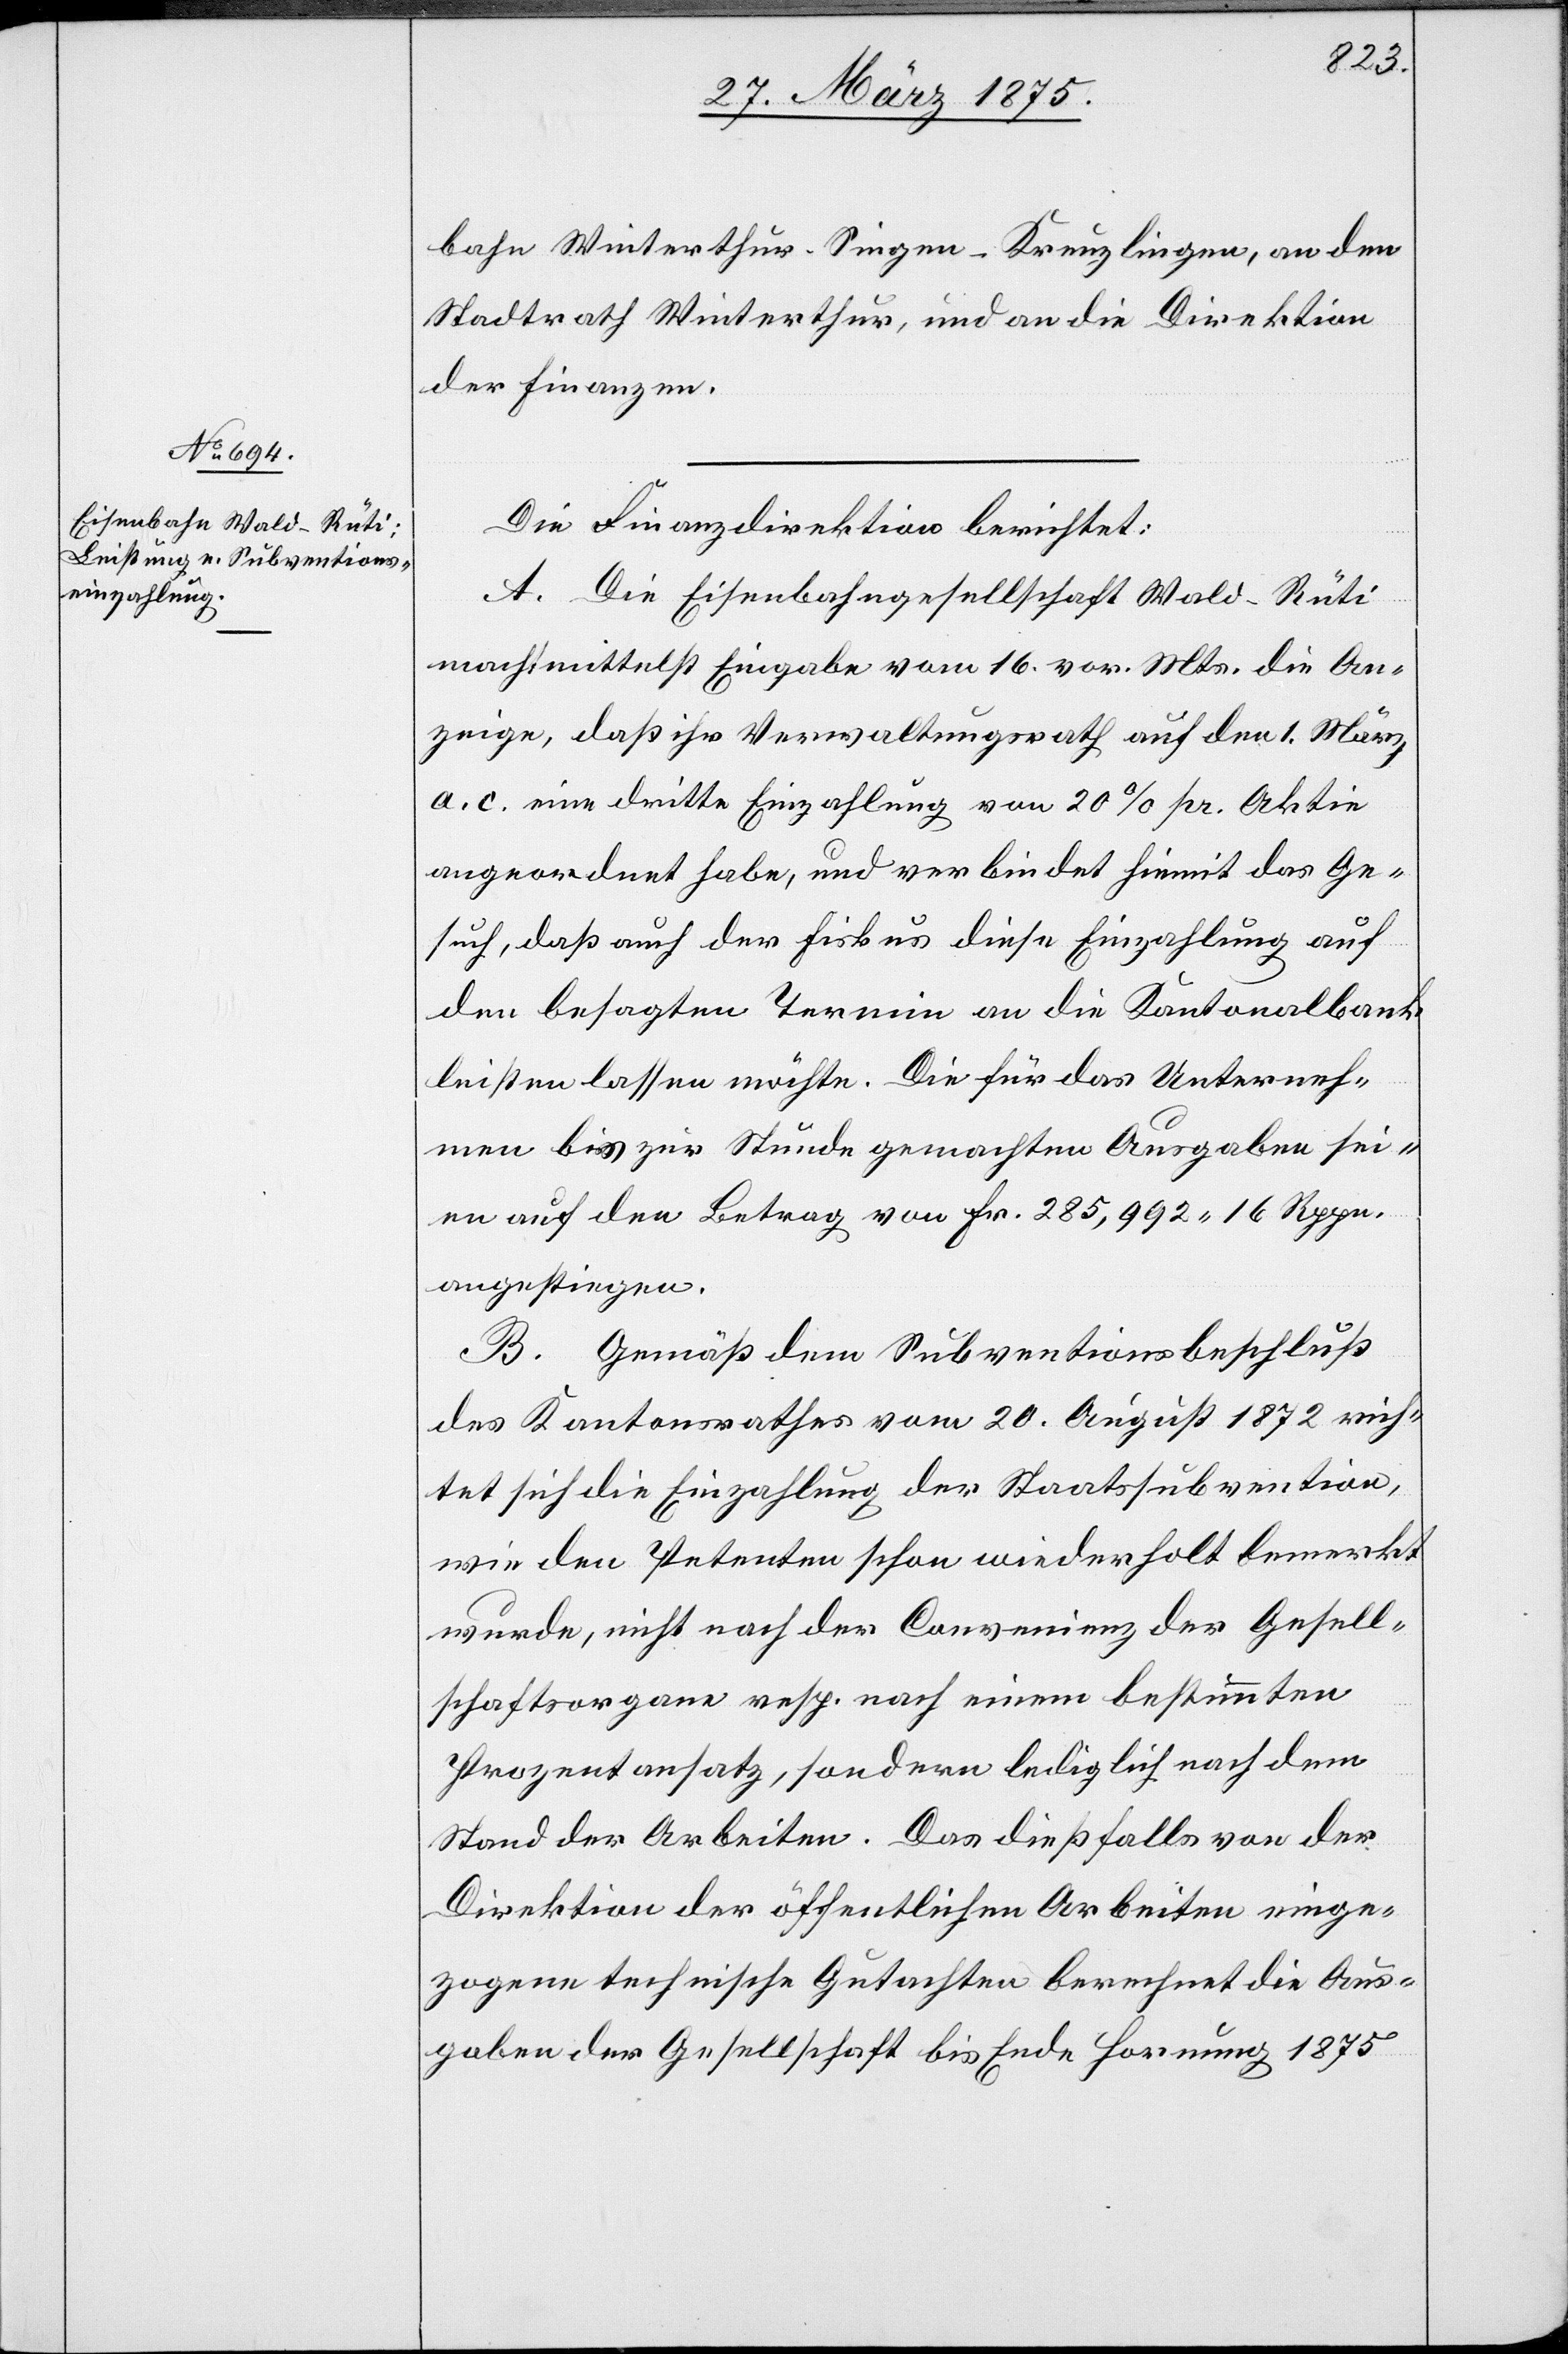
bahn Winterthur–Singen–Kreuzlingen, an den
Stadtrath Winterthur, und an die Direktion
der Finanzen.
Die Finanzdirektion berichtet:
A. Die Eisenbahngesellschaft Wald–Rüti
macht mittelst Eingabe vom 16. vor. Mts die An¬
zeige, daß ihr Verwaltungsrath auf den 1. März
a. c. eine dritte Einzahlung von 20% pr. Aktie
angeordnet habe, und verbindet hiermit das Ge¬
such, daß auch der Fiskus diese Einzahlung auf
den besagten Termin an die Kantonalbank
leisten lassen möchte. Die für das Unterneh¬
men bis zur Stunde gemachten Ausgaben sei¬
en auf den Betrag von Fr. 285,992 16 Rppn.
angestiegen.
B. Gemäß dem Subventionsbeschluß
des Kantonsrathes vom 20. August 1872 rich¬
tet sich die Einzahlung der Staatssubvention,
wie den Petenten schon wiederholt bemerkt
wurde, nicht nach der Convenienz der Gesell¬
schaftsorgane resp. nach einem bestimmten
Prozentansatz, sondern lediglich nach dem
Stand der Arbeiten. Das dießfalls von der
Direktion der öffentlichen Arbeiten einge¬
zogene technische Gutachten berechnet die Aus¬
gaben der Gesellschaft bis Ende Hornung 1875